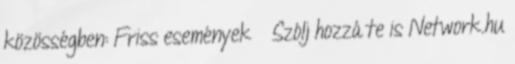
közösségben: Friss események » Szólj hozzá te is Network.hu